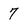
Character: 7